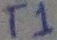
Text: T1